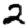
Digit: 2